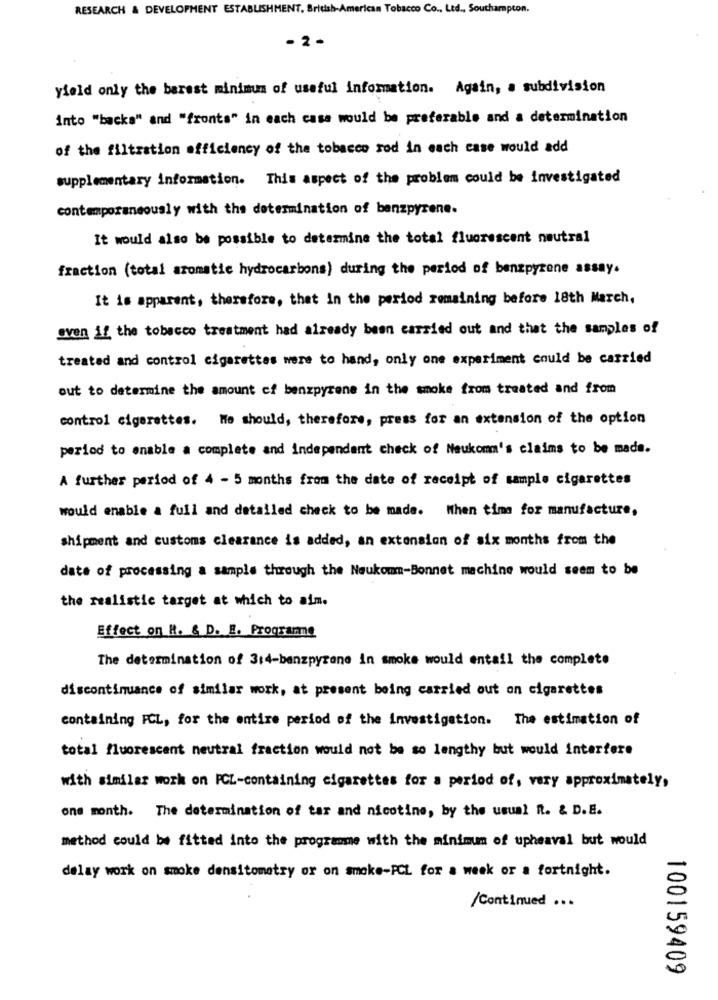
RESEARCH & DEVELOPMENT ESTABLISHMENT, British-American Tobacco Co ., Ltd ., Southampton.
-2-
yield only the barest minimum of useful information. Again, a subdivision
into "backs" and "fronts" in each case would be preferable and a determination
of the filtration efficiency of the tobacco rod in each case would add
supplementary information. This aspect of the problem could be investigated
contemporaneously with the determination of banzpyrene.
It would also be possible to determine the total fluorescent neutral
fraction (total aromatic hydrocarbons) during the period of benzpyrene assay.
It is apparent, therefore, thet In the period remaining before 18th March,
sven if the tobacco treatment had already been carried out and that the samples of
treated and control cigarettes were to hand, only one experiment could be carried
out to determine the amount of benzpyrene in the smoke from treated and from
control cigarettes. He should, therefore, press for an extension of the option
period to enable a complete and independent check of Neukomm's claims to be made.
A further period of 4 - 5 months from the date of receipt of sample cigarettes
would enable a full and detailed check to be made. When time for manufacture,
shipment and customs clearance is added, an extension of six months from the
date of processing a sample through the Neukomm-Bonnet machine would seem to be
the realistic target at which to aim.
Effect on H. & D. E. Programme
The determination of 3:4-benzpyrene in smoke would entail the complete
discontinuance of similar work, at present being carried out on cigarettes
containing FCL, for the entire period of the Investigation. The estimation of
total fluorescent neutral fraction would not be so lengthy but would interfere
with similar work on PCL-containing cigarettes for a period of, very approximately,
one month. The determination of tar and nicotine, by the usual R. & D.E.
method could be fitted into the programme with the minimum of upheaval but would
delay work on smoke densitometry or on smoke-PCL for a week or a fortnight.
/Continued ...
100159409